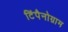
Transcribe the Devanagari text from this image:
टिंपैनोग्राम